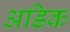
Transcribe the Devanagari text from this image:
अडिक